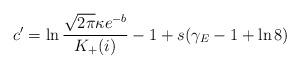
LaTeX: \begin{align*}c^{\prime }=\ln \frac{\sqrt{2\pi }\kappa e^{-b}}{K_{+}(i)}-1+s(\gamma_{E}-1+\ln 8) \end{align*}